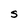
Character: s